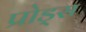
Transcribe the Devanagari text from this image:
प्रोड्स